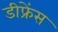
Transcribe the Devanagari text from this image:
डीफ्रेंस